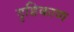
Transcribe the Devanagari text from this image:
दृष्टिकाण